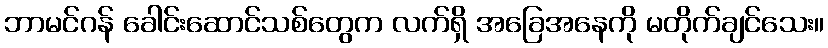
ဘာမင်ဂန် ခေါင်းဆောင်သစ်တွေက လက်ရှိ အခြေအနေကို မတိုက်ချင်သေး။